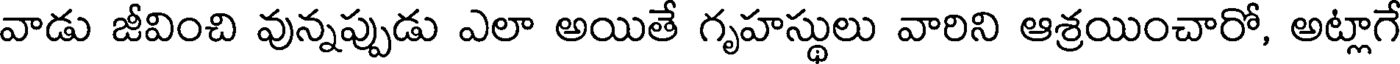
వాడు జీవించి వున్నప్పుడు ఎలా అయితే గృహస్థులు వారిని ఆశ్రయించారో, అట్లాగే